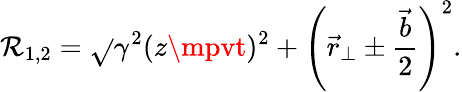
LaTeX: \mathcal{R}_{1,2}=\sqrt{}{{\gamma^{2}(z\mpvt)^{2}+\left(\vec{{r}}_{\perp}\pm{\frac{{\vec{{b}}}}{{2}}}\right)^{2}}}.